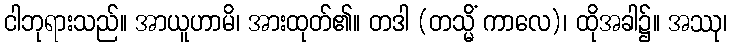
ငါဘုရားသည်။ အာယူဟာမိ၊ အားထုတ်၏။ တဒါ (တသ္မိံ ကာလေ)၊ ထိုအခါ၌။ အဿု၊